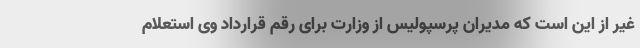
غیر از این است که مدیران پرسپولیس از وزارت برای رقم قرارداد وی استعلام